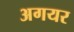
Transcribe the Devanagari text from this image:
अगयर